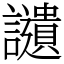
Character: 讉